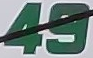
49